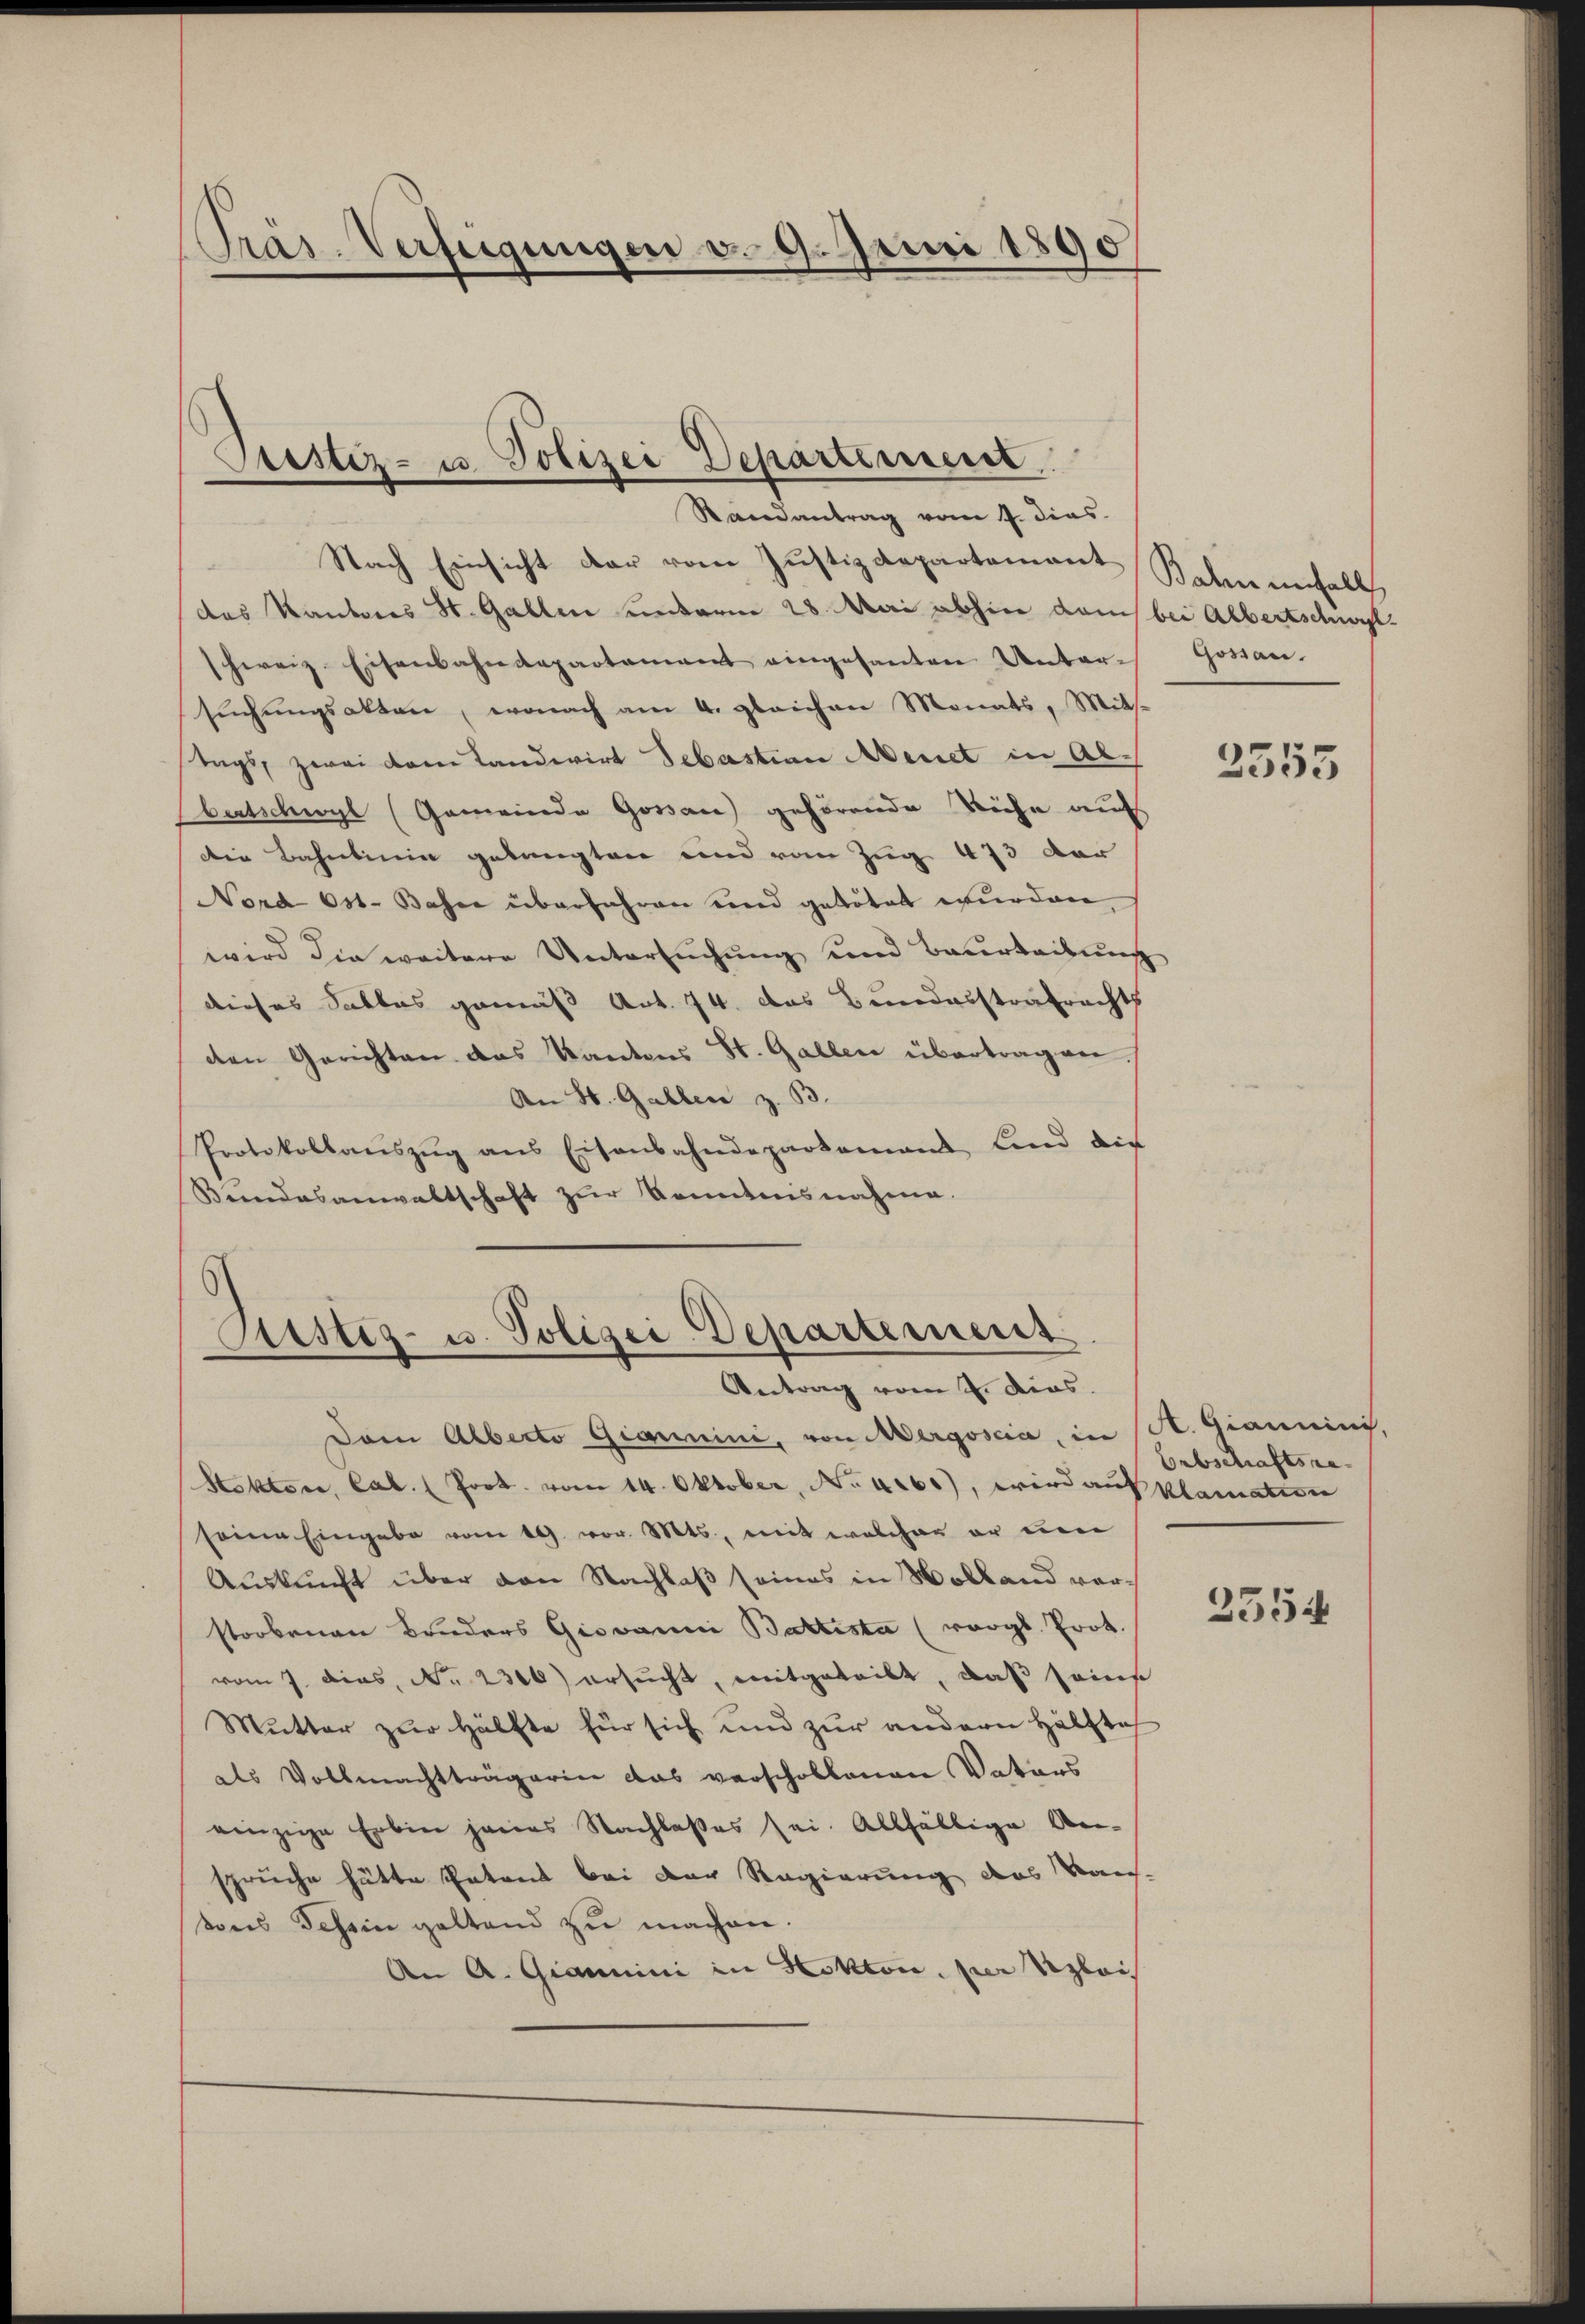
Präs. Verfügungen v. 9. Juni 1890

Justiz- u. Polizei Departement
Randantrag vom 4. dies

Nach Einsicht der vom Justizdepartement Sohn enfalls
das Kantores St. Gallen unterm 28. Mai abhin dem bei Albertschwelschweiz. Eisenbahndepartement eingesanten Unter-
sŭchŭngsakten, wonach am 4. gleichen Monats, Mits-
Tags, zwei dem Landwirt Sebastian Aenet in Albertschwyl (Gemeinde Gossau gehörende Riche auf
Die Bahnlinie gelangten und vom Zug 473 der
Nord 631. Bahre überfahren und getötet wurden,
wird die weitere Untersuchung und Beurteilung
dieses Salbes gemäß Art. 74. Das Bundesstrafrechts
den Gerichten das Kantons St. Gallen übertrag ver
An St. Gallen z. B.
Protokollaŭszŭg ans Eisenbahndepartamand lind die
Bundesanwaltschaft zur Kenntnisnahme.

s
Rustiz- u. Polizei-Departement
Antrag vom 2. Dies

Gossau.

Dem Alberto Giammini, von Mergoscia, in St. Giannini
Stoktore, Cab. (Poot. vom 14. Oktober, No 1260), wird auf klamation
seine Eingabe vom 19. vor. Mts., mit welcher er um
Auskunft über den Nachlaß seines in Wolland vorstorbenen Bruders Giovanni Baltista (vergl. Prot.
vom 7. dies, No. 2300 ersucht, mitgeteilt, daß seine
Mutter zur Hälfte für sich und zur andern Hälfte
als Vollmachtträgerin das verschollenen Vaters
einzige Erbin jenes Nachlasses sei. Allfällige An-
sprüche hätte Patent bei der Regierung des Vor-
tons Schein geltend zu machen.
An A. Giammini in Hotton, per Alois

2555

Erbschaftsra¬

2554